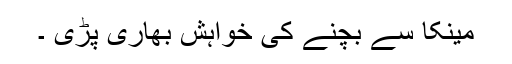
مینکا سے بچنے کی خواہش بھاری پڑی ۔